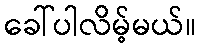
ခေါ်ပါလိမ့်မယ်။